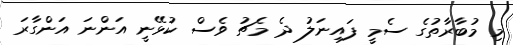
މި މުބާރާތުގެ ސެމީ ފައިނަލު ދެ މެޗު ވެސް ކުޅޭނީ އަންނަ އަންގާރަ